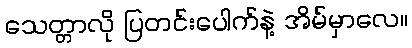
သေတ္တာလို ပြတင်းပေါက်နဲ့ အိမ်မှာလေ။